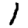
Digit: 1